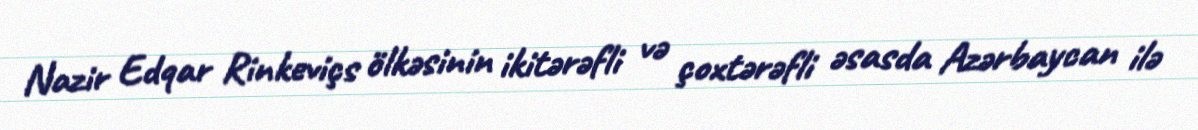
Nazir Edqar Rinkeviçs ölkəsinin ikitərəfli və çoxtərəfli əsasda Azərbaycan ilə